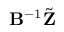
\mathbf { B } ^ { - 1 } \tilde { \mathbf { Z } }